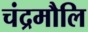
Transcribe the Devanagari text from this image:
चंद्रमौलि